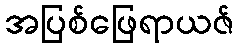
အပြစ်ဖြေရာယဇ်